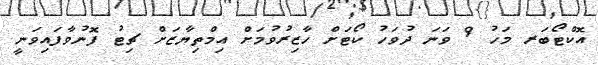
އޮކްޓޯބަރ މަހު 9 ވަނަ ދުވަހު ކޯޓަށް ހާޒިރުވުމަށް އިމްތިޔާޒަށް ޗިޓު ފޮނުވާފައިވަނީ